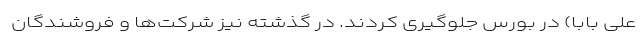
علی بابا) در بورس جلوگیری کردند. در گذشته نیز شرکت‌ها و فروشندگان